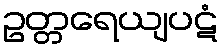
ဥတ္တရေယျပဋံ